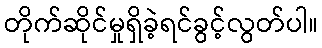
တိုက်ဆိုင်မှုရှိခဲ့ရင်ခွင့်လွတ်ပါ။